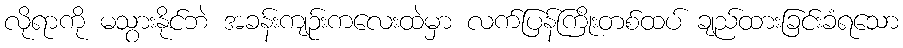
လိုရာကို မသွားနိုင်ဘဲ အခန်းကျဉ်းကလေးထဲမှာ လက်ပြန်ကြိုးတစ်ထပ် ချည်ထားခြင်းခံရသော